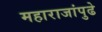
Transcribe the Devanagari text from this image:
महाराजांपुढे